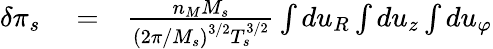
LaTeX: \begin{array}{rlr}{\delta\pi_{s}}&{{}=}&{\frac{n_{M}M_{s}}{\left(2\pi/M_{s}\right)^{3/2}T_{s}^{3/2}}\int du_{R}\int du_{z}\int du_{\varphi}}\end{array}